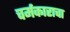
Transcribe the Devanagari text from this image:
चर्मकाराचा